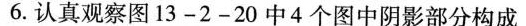
6.认真观察图13-2-20中4个图中阴影部分构成